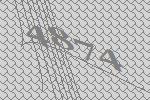
4874